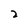
Character: 2